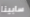
سابينا